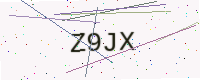
Text: Z9JX